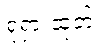
ရုရှားထုတ်